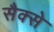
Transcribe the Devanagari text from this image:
सैक्से